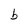
Character: b